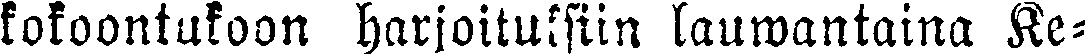
kokoontukoon harjoituksiin lauwantaina Ke-